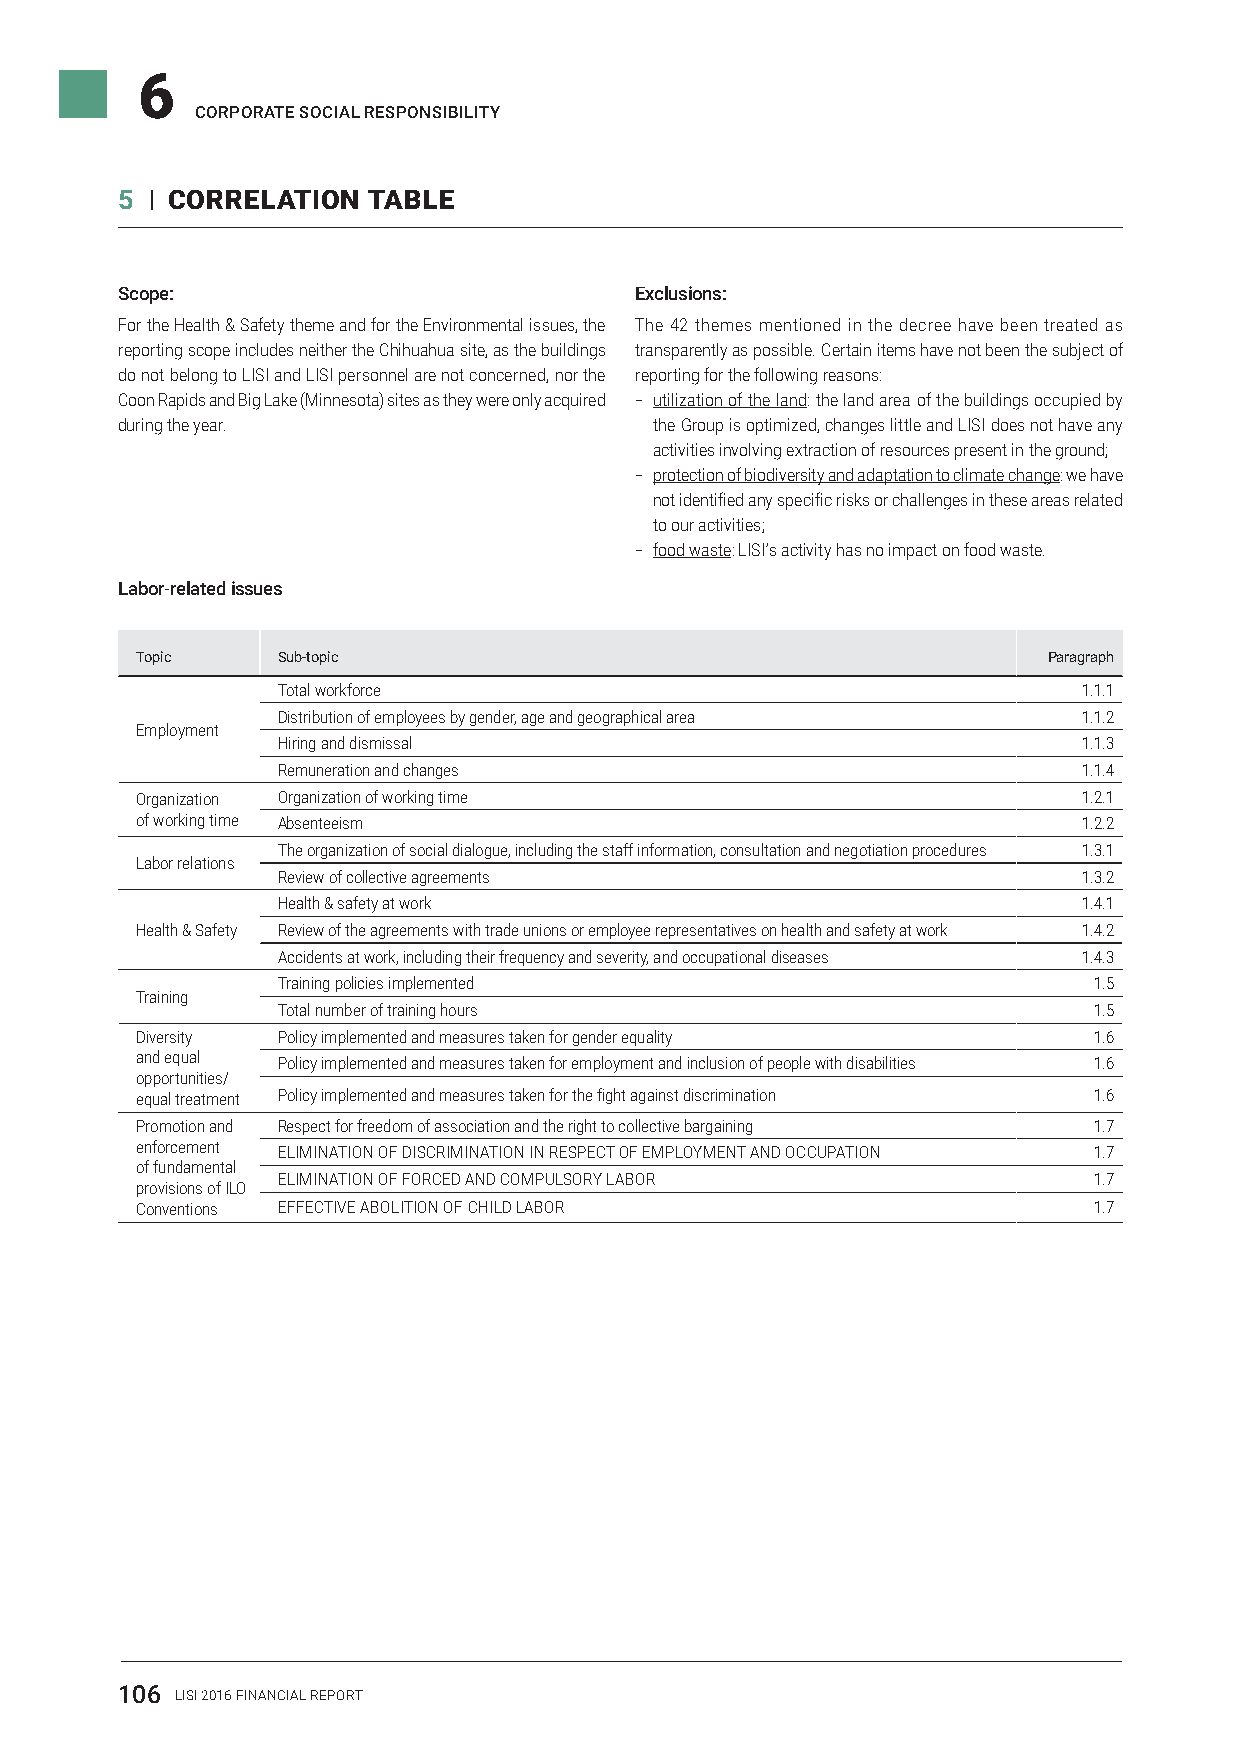
6
 COrPOraTE sOCiaL rEsPONsiBiLiTY
 5 I CORRELATION TABLE
 scope:                            Exclusions:
 For the Health & Safety theme and for the Environmental issues, the The 42 themes mentioned in the decree have been treated as
 reporting scope includes neither the Chihuahua site, as the buildings transparently as possible. Certain items have not been the subject of
 do not belong to LISI and LISI personnel are not concerned, nor the reporting for the following reasons:
 Coon Rapids and Big Lake (Minnesota) sites as they were only acquired –– utilization of the land: the land area of the buildings occupied by
 during the year.                   the Group is optimized, changes little and LISI does not have any
 activities involving extraction of resources present in the ground;
 –– protection of biodiversity and adaptation to climate change: we have
 not identified any specific risks or challenges in these areas related
 to our activities;
 –– food waste: LISI’s activity has no impact on food waste.
 Labor-related issues
 Topic    Sub-topic                                          Paragraph
 Total workforce                                       1.1.1
 Distribution of employees by gender, age and geographical area 1.1.2
 Employment
 Hiring and dismissal                                  1.1.3
 Remuneration and changes                              1.1.4
 Organization Organization of working time                      1.2.1
 of working time Absenteeism                                    1.2.2
 The organization of social dialogue, including the staff information, consultation and negotiation procedures 1.3.1
 Labor relations
 Review of collective agreements                       1.3.2
 Health & safety at work                               1.4.1
 Health & Safety Review of the agreements with trade unions or employee representatives on health and safety at work 1.4.2
 Accidents at work, including their frequency and severity, and occupational diseases 1.4.3
 Training policies implemented                         1.5
 Training
 Total number of training hours                        1.5
 Diversity Policy implemented and measures taken for gender equality 1.6
 and equal Policy implemented and measures taken for employment and inclusion of people with disabilities 1.6
 opportunities/
 equal treatment Policy implemented and measures taken for the fight against discrimination 1.6
 Promotion and Respect for freedom of association and the right to collective bargaining 1.7
 enforcement ELIMINATION OF DISCRIMINATION IN RESPECT OF EMPLOYMENT AND OCCUPATION 1.7
 of fundamental
 ELIMINATION OF FORCED AND COMPULSORY LABOR            1.7
 provisions of ILO
 Conventions EFFECTIVE ABOLITION OF CHILD LABOR                 1.7
 106 LISI 2016 FINANCIAL REPORT